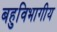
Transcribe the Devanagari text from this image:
बहुविभागीय